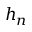
h _ { n }